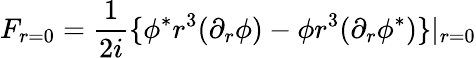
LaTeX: F_{r=0}=\frac{1}{2i}\lbrace\phi^{\ast}r^{3}(\partial_{r}\phi)-\phi r^{3}(\partial_{r}\phi^{\ast})\rbrace|_{r=0}